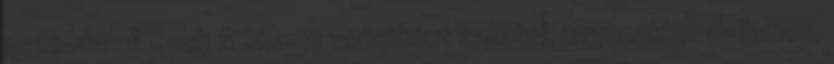
eszembe. A Such A Shame vonatként zakatol, ugyanakkor dallamos,